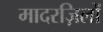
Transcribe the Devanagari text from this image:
मादरज़िलों